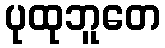
ပုထုဘူတေ